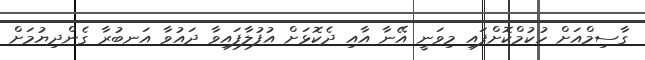
ގާސިމްއަށް ހުކުމްކޮށްފައި މިވަނީ އޭނާ އާއި ދެކޮޅަށް އުފުލާފައިވާ ދައުވާ އަނބުރާ ގެންދިޔުމަށް